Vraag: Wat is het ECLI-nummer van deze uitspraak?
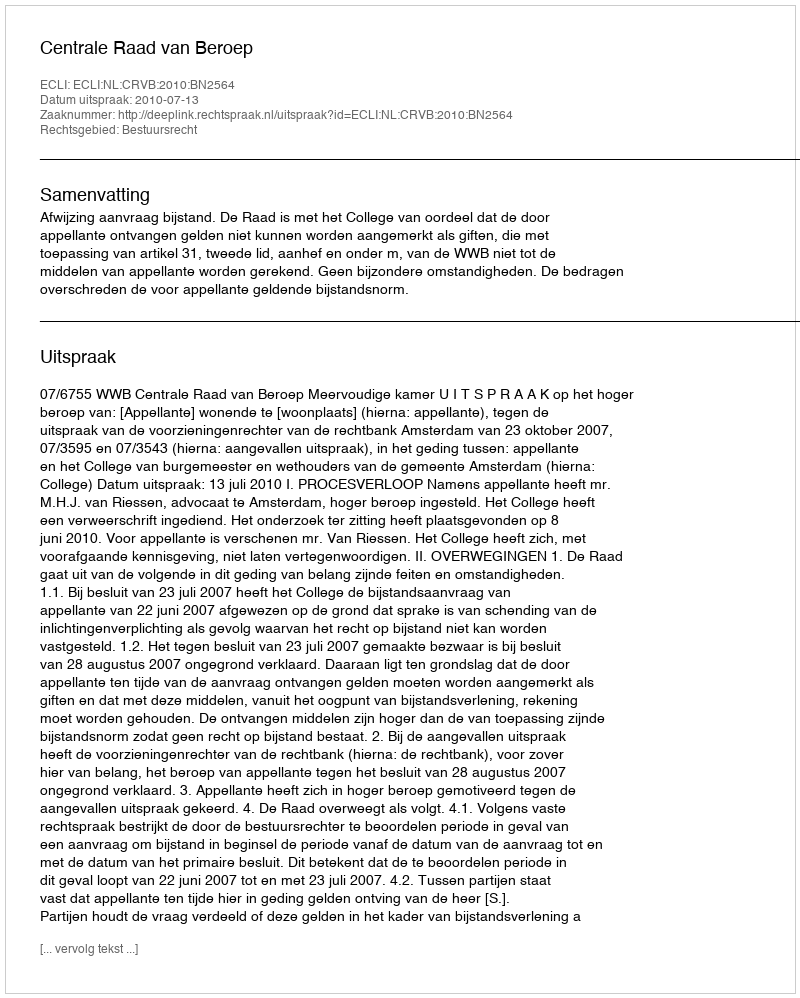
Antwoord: ECLI:NL:CRVB:2010:BN2564